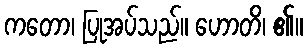
ကတော၊ ပြုအပ်သည်။ ဟောတိ၊ ၏။